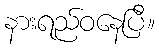
နားရည်ဝနေပြီ။